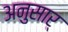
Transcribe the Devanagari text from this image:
अनुसार्